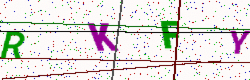
Text: RKFY